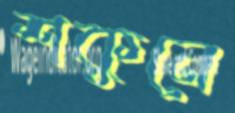
শকুনে